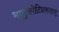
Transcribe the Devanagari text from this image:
भानुकोटिप्रकाशम्